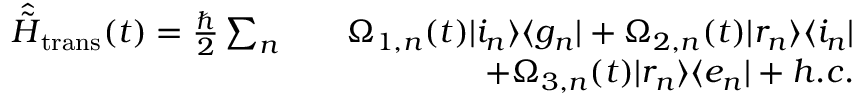
\begin{array} { r l r } { \hat { \tilde { H } } _ { \mathrm { t r a n s } } ( t ) = \frac { \hbar } { 2 } \sum _ { n } } & { } & { \Omega _ { 1 , n } ( t ) \vert i _ { n } \rangle \langle g _ { n } \vert + \Omega _ { 2 , n } ( t ) \vert r _ { n } \rangle \langle i _ { n } \vert } \\ & { } & { + \Omega _ { 3 , n } ( t ) \vert r _ { n } \rangle \langle e _ { n } \vert + h . c . } \end{array}